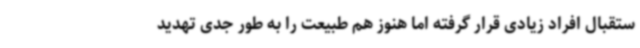
ستقبال افراد زیادی قرار گرفته اما هنوز هم طبیعت را به طور جدی تهدید